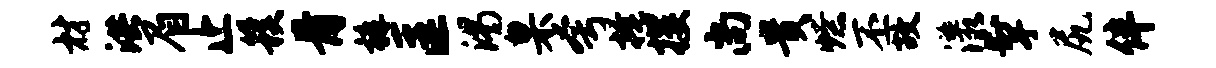
材洪眉止簇骨裤匡渴臬夸掩攫尚贵燎丕故漾掣尻伴